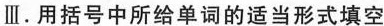
Ⅲ.用括号中所给单词的适当形式填空